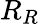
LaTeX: R_{R}